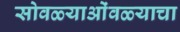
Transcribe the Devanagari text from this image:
सोवळ्याओंवळ्याचा